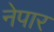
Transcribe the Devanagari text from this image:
नेपार